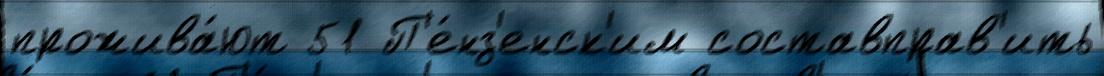
прожива́ют 51 П'е́нз'енск'им составправ'ить